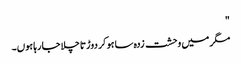
"
مگر میں وحشت زدہ سا ہو کر دوڑتا چلا جا رہا ہوں۔